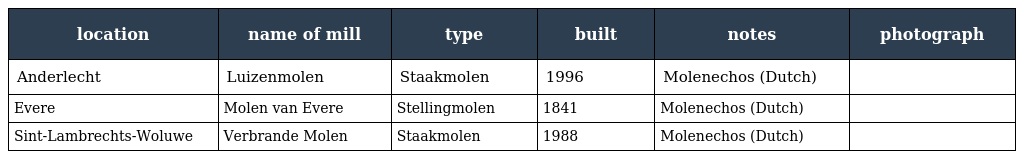
| location | name of mill | type | built | notes | photograph |
 | --- | --- | --- | --- | --- | --- |
 | Anderlecht | Luizenmolen | Staakmolen | 1996 | Molenechos (Dutch) |  |
 | Evere | Molen van Evere | Stellingmolen | 1841 | Molenechos (Dutch) |  |
 | Sint-Lambrechts-Woluwe | Verbrande Molen | Staakmolen | 1988 | Molenechos (Dutch) |  |